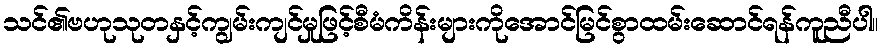
သင်၏ဗဟုသုတနှင့်ကျွမ်းကျင်မှုဖြင့်စီမံကိန်းများကိုအောင်မြင်စွာထမ်းဆောင်ရန်ကူညီပါ။